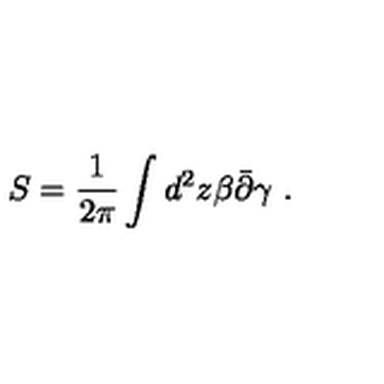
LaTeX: S = \frac { 1 } { 2 \pi } \int d ^ { 2 } z \beta \bar { \partial } \gamma \ .